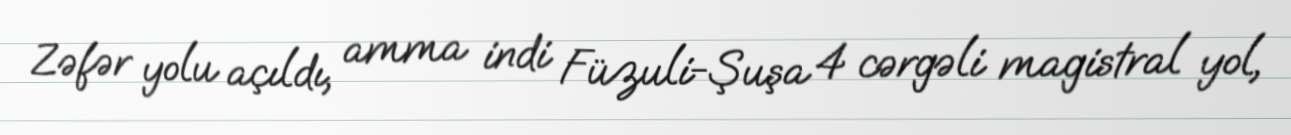
Zəfər yolu açıldı, amma indi Füzuli-Şuşa 4 cərgəli magistral yol,